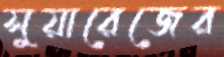
সুয়ারেজের